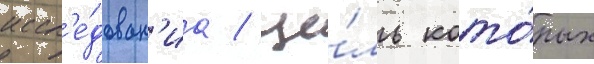
иссл'е́дован'иа / це́ль кото́рых